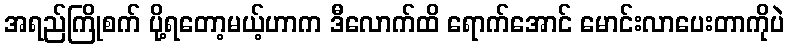
အရည်ကြိုစက် ပို့ရတော့မယ့်ဟာက ဒီလောက်ထိ ရောက်အောင် မောင်းလာပေးတာကိုပဲ